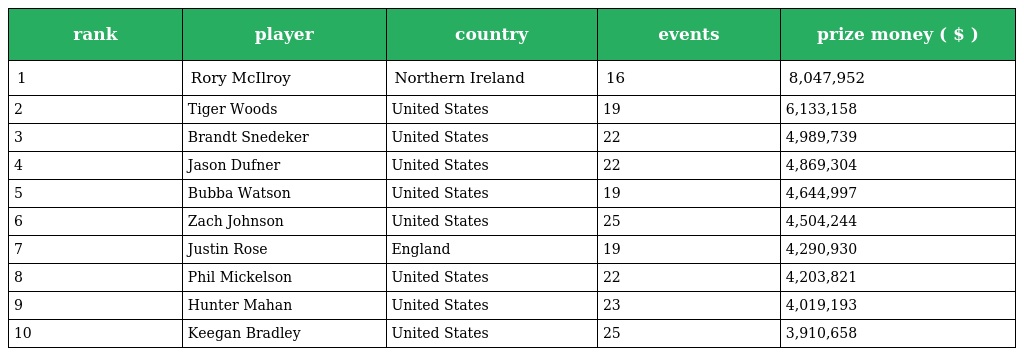
| rank | player | country | events | prize money ( $ ) |
 | --- | --- | --- | --- | --- |
 | 1 | Rory McIlroy | Northern Ireland | 16 | 8,047,952 |
 | 2 | Tiger Woods | United States | 19 | 6,133,158 |
 | 3 | Brandt Snedeker | United States | 22 | 4,989,739 |
 | 4 | Jason Dufner | United States | 22 | 4,869,304 |
 | 5 | Bubba Watson | United States | 19 | 4,644,997 |
 | 6 | Zach Johnson | United States | 25 | 4,504,244 |
 | 7 | Justin Rose | England | 19 | 4,290,930 |
 | 8 | Phil Mickelson | United States | 22 | 4,203,821 |
 | 9 | Hunter Mahan | United States | 23 | 4,019,193 |
 | 10 | Keegan Bradley | United States | 25 | 3,910,658 |